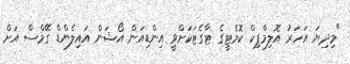
"މިދިޔަ އަހަރު އޮލިމްޕިކް ކޮމެޓީގެ ޓާގެޓަކަށްވީ އިންޑިއަން އޯޝަން އައިލެންޑް ގޭމްސް އަށް